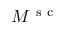
M ^ { \mathrm { ~ s ~ c ~ } }